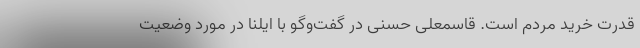
قدرت خرید مردم است. قاسمعلی حسنی در گفت‌وگو با ایلنا در مورد وضعیت